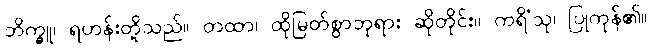
ဘိက္ခူ၊ ရဟန်းတို့သည်။ တထာ၊ ထိုမြတ်စွာဘုရား ဆိုတိုင်း။ ကရိံသု၊ ပြုကုန်၏။